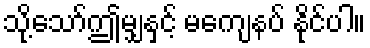
သို့သော်ဤမျှနှင့် မကျေနပ် နိုင်ပါ။